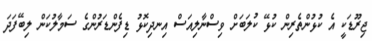
ޖިރޫޑަކީ އެ ކުޅުންތެރިން ކުޅޭ ކުލަބަށް ވިސްނާލިއަސް އިނދިކޮޅު ޑިފެންޑަރުންގެ ސަމާލުކަން ލިބޭފަދަ